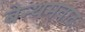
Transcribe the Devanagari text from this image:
बेन्थमवाद